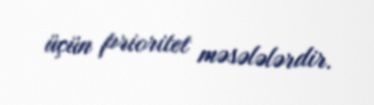
üçün prioritet məsələlərdir.